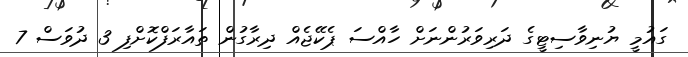
ގައުމީ ޔުނިވާސިޓީގެ ދަރިވަރުންނަށް ހާއްސަ ޕެކޭޖެއް ދިރާގުން ތައާރަފްކޮށްފި 3 ދުވަސް 7